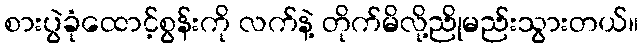
စားပွဲခုံထောင့်စွန်းကို လက်နဲ့ တိုက်မိလို့ညိုမည်းသွားတယ်။